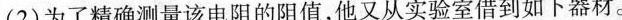
为了精确测量该电阻的阻值，他又从实验室借到如下器材。